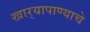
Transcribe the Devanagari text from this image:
खार्‍यापाण्याचे